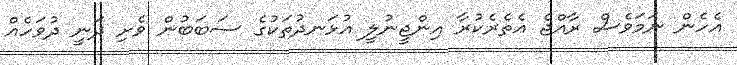
އެހެން ނަމަވެސް ރާއްޖެ އެތެރެކުރާ އިންޖީނުލީ އުޅަނދުތަކުގެ ސަބަބުން ވެށި ދަނީ ދުވަހެއް